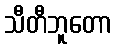
သီတီဘူတော